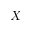
X